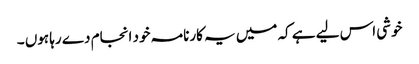
خوشی اس لیے ہے کہ میں یہ کارنامہ خود انجام دے رہا ہوں ۔